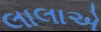
લાલાએ